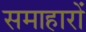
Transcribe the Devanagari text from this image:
समाहारों